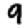
Digit: 9